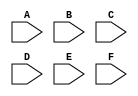
module example(A, B, C, D, E, F);
    
    input A, B, C, D, E, F;
    
    wire t1, t2, t3, Y;
    
    nand #1 G1 (t1, A, B);
    and #2  G2 (t2, C, ~B, D);
    nor #1  G3 (t3, E, F);
    nand #1 G4 (Y, t1, t2, t3);
    
endmodule